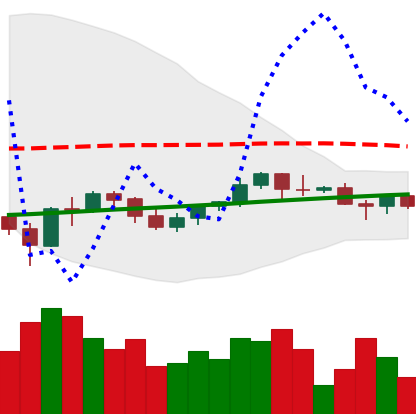
Ticker: BNB-USD
Chart end date: 2021-06-10
Forward return: 6.071%
Label: up_5_7